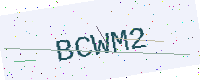
Text: BCWM2